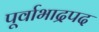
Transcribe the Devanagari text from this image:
पूर्वाभाद्रपद